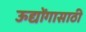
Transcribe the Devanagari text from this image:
ऊद्योंगासाठी